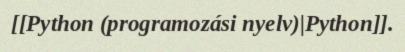
[[Python (programozási nyelv)|Python]].